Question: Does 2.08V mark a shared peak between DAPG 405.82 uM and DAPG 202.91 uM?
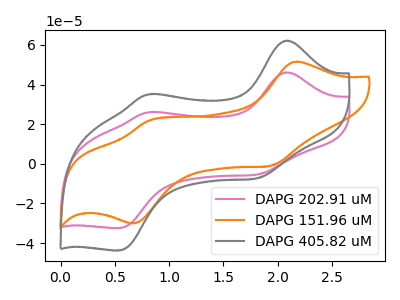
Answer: <think>The pink curve "DAPG 202.91 uM" has anodic peaks at (2.10V, 46.10uA) (0.80V, 26.00uA) and cathodic peaks at (1.80V, -5.35uA) (0.55V, -32.40uA). The orange curve "DAPG 151.96 uM" has anodic peaks at (2.15V, 51.55uA) (0.80V, 21.75uA) and cathodic peaks at (1.95V, -1.00uA) (0.65V, -30.05uA). The gray curve "DAPG 405.82 uM" has anodic peaks at (2.10V, 62.15uA) (0.80V, 35.05uA) and cathodic peaks at (1.80V, -7.25uA) (0.55V, -43.70uA).</think>
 <answer>Yes, "DAPG 405.82 uM" and "DAPG 202.91 uM" share a peak at 2.08V.</answer>
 <eval>match</eval>